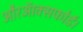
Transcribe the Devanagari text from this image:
औरऑक्सफोर्ड।